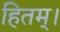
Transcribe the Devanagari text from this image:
हितम्।